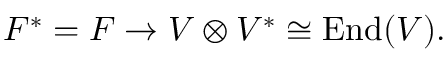
F ^ { * } = F \to V \otimes V ^ { * } \cong \operatorname { E n d } ( V ) .